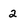
Character: 2